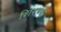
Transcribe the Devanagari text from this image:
शिरण्या